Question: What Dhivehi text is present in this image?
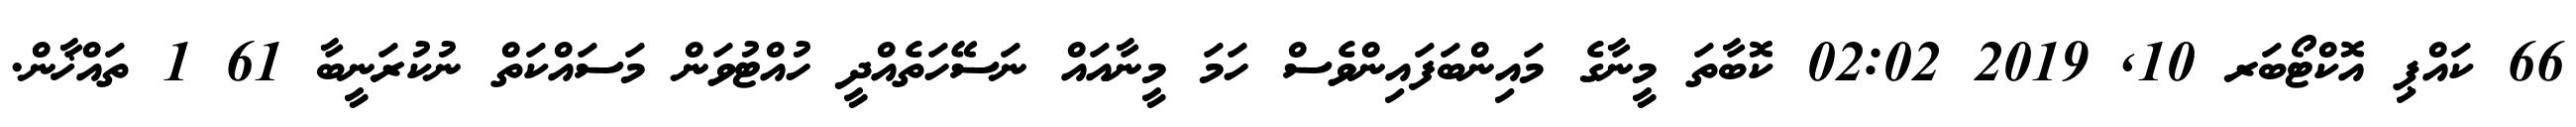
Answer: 66 ކައްޕި އޮކްޓޯބަރ 10, 2019 02:02 ކޮބާތަ މީނާގެ މައިންބަފައިންވެސް ހަމަ މީނާއައް ނަސޭހަތެއްދީ ހުއްޓުވަން މަސައްކަތް ނުކުރަނީބާ 61 1 ތައްޚާން.